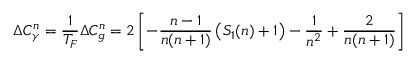
\Delta C _ { \gamma } ^ { n } = \frac { 1 } { T _ { F } } \Delta C _ { g } ^ { n } = 2 \left[ - \frac { n - 1 } { n ( n + 1 ) } \left( S _ { 1 } ( n ) + 1 \right) - \frac { 1 } { n ^ { 2 } } + \frac { 2 } { n ( n + 1 ) } \right]